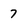
Character: 7